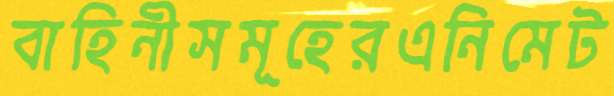
বাহিনীসমূহেরএনিমেট